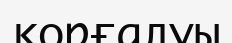
корғалуы